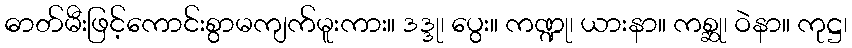
ဓာတ်မီးဖြင့်ကောင်းစွာမကျက်မူးကား။ ဒဒ္ဒု၊ ပွေး။ ကဏ္ဍု၊ ယားနာ။ ကစ္ဆု၊ ဝဲနာ။ ကုဋ္ဌ၊